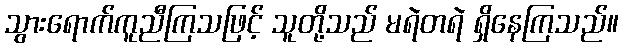
သွားရောက်ကူညီကြသဖြင့် သူတို့သည် မရဲတရဲ ရှိနေကြသည်။